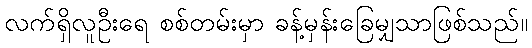
လက်ရှိလူဦးရေ စစ်တမ်းမှာ ခန့်မှန်းခြေမျှသာဖြစ်သည်။